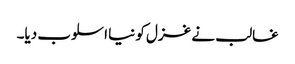
غالب نے غزل کو نیا اسلوب دیا۔